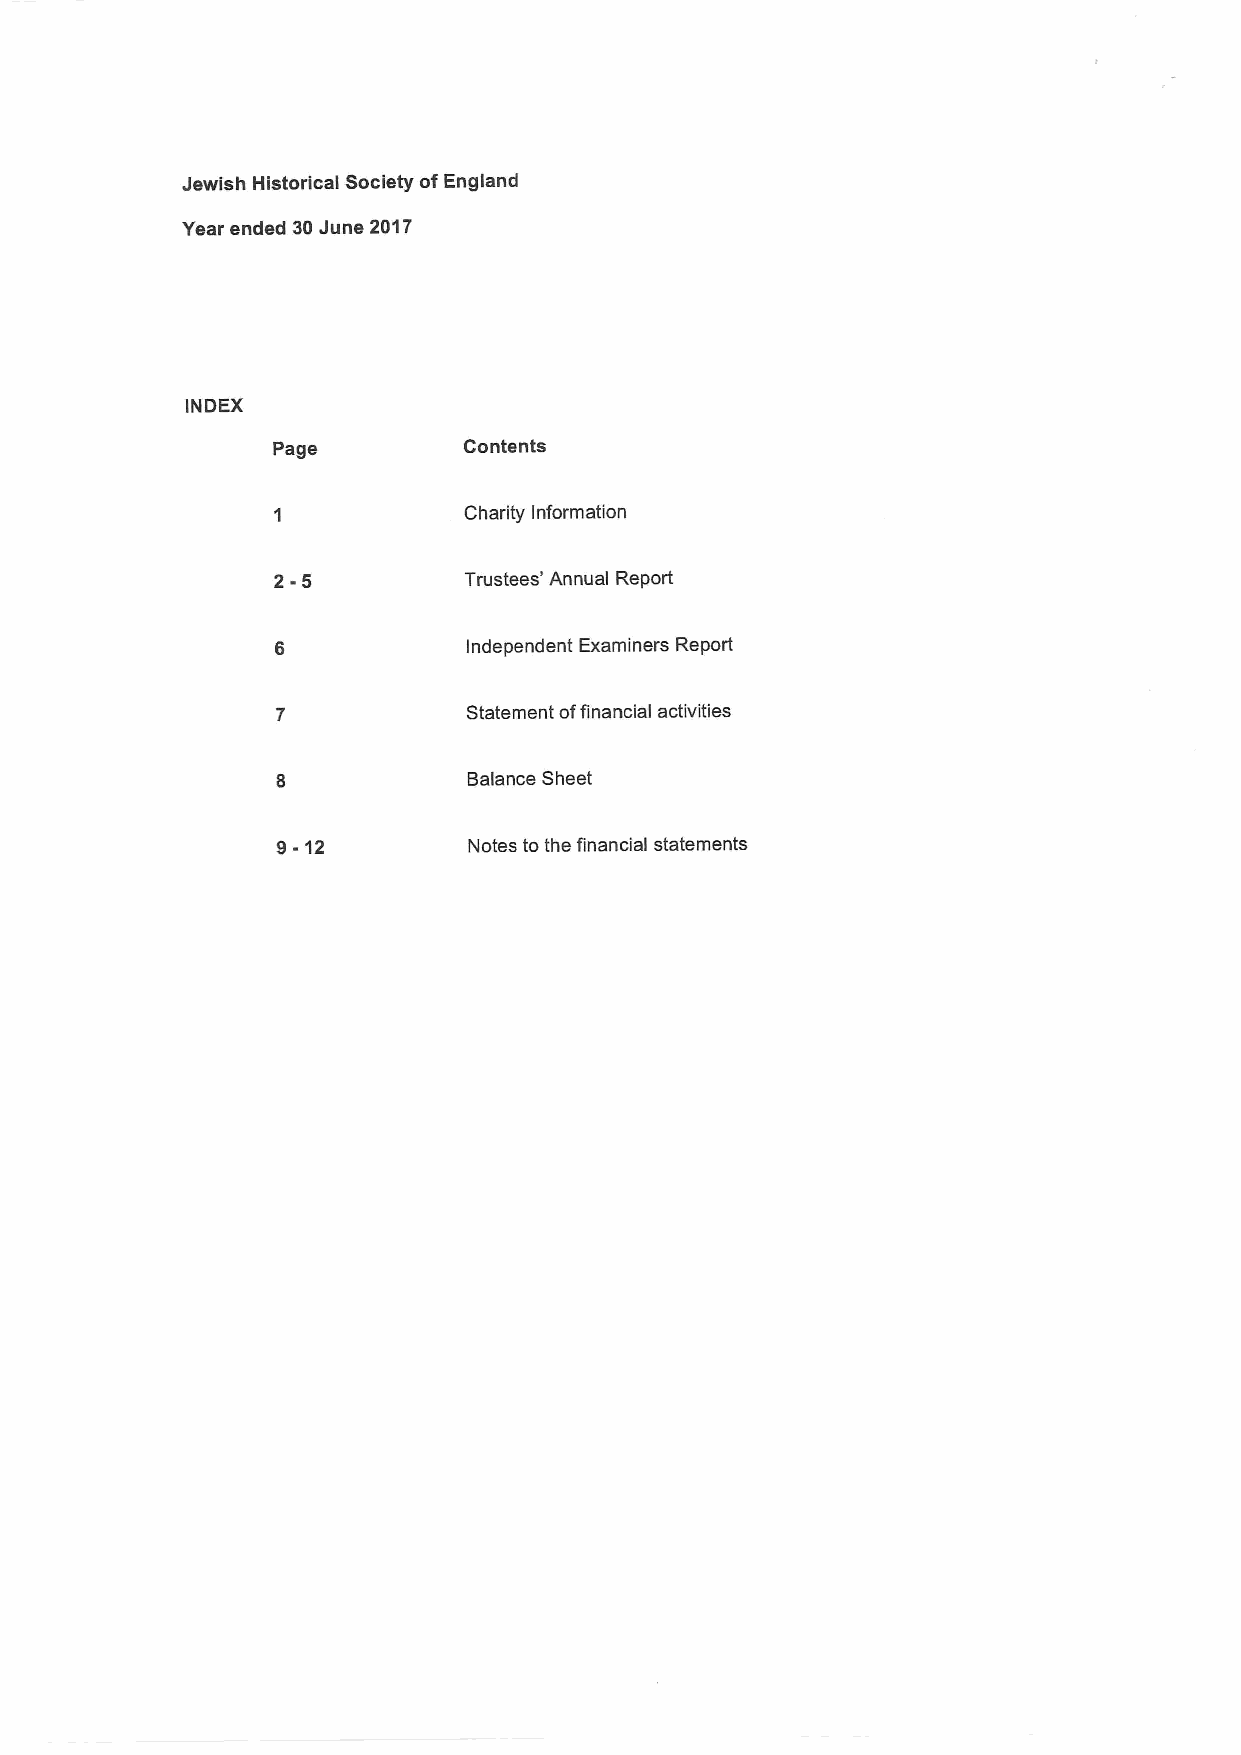
Jewish Historical Society ofEngland
 Year ended 30June 2017
 INOEX
 Page         Contents
 Charity Information
 2-5          Trustees' Annual Report
 Independent Examiners Report
 Statement offinancial activities
 Balance Sheet
 9-12         Notes to the financial statements